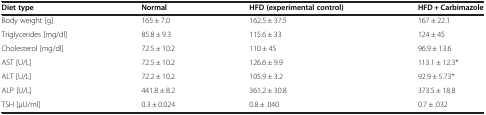
<table><thead><tr><td><b>Diet type</b></td><td><b>Normal</b></td><td><b>HFD (experimental control)</b></td><td><b>HFD + Carbimazole</b></td></tr></thead><tbody><tr><td>Body weight [g]</td><td>165 ± 7.0</td><td>162.5 ± 37.5</td><td>167 ± 22.1</td></tr><tr><td>Triglycerides [mg/dl]</td><td>85.8 ± 9.3</td><td>115.6 ± 33</td><td>124 ± 45</td></tr><tr><td>Cholesterol [mg/dl]</td><td>72.5 ± 10.2</td><td>110 ± 45</td><td>96.9 ± 13.6</td></tr><tr><td>AST [U/L]</td><td>72.5 ± 10.2</td><td>126.6 ± 9.9</td><td>113.1 ± 12.3*</td></tr><tr><td>ALT [U/L]</td><td>72.2 ± 10.2</td><td>105.9 ± 3.2</td><td>92.9 ± 5.73*</td></tr><tr><td>ALP [U/L]</td><td>441.8 ± 8.2</td><td>361.2 ± 30.8</td><td>373.5 ± 18.8</td></tr><tr><td>TSH [μU/ml]</td><td>0.3 ± 0.024</td><td>0.8 ± .040</td><td>0.7 ± .032</td></tr></tbody></table>